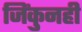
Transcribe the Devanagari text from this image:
जिंकुनही